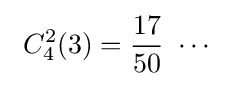
\ C_{4}^{2}(3)={\frac {17}{50}}\ \cdots